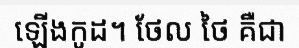
ឡើងកូដ។ ថែល ថៃ គឺជា